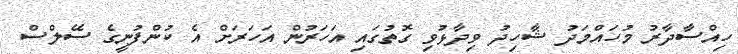
ހިއްސާދާރު މުހައްމަދު ޝާހިދު ވިދާޅުވި ގޮތުގައި އަހަރުން އަހަރަށް އެ ކުންފުނީގެ ސޭލްސް